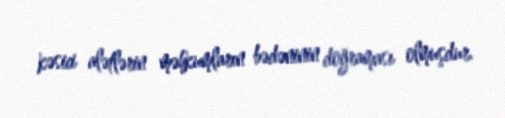
kəsici alətlərin məhkumların bədəninin doğraması olmuşdur.